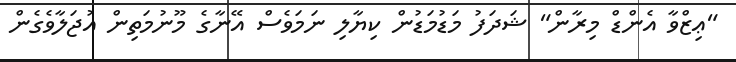
"ޢިޒްވާ އެންޑް މިރާން" ޝަދަފު މަޑުމަޑުން ކިޔާލި ނަމަވެސް އޭނާގެ މޫނުމަތިން އުޖަލާވެގެން